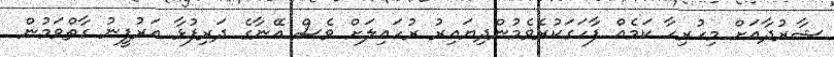
ޝާރުދާއަށް މިހުރިހާ ކަމެއް ފާހަގަކުރެވެމުންދިޔައިރު ރުހައިލަށް ވެސް އޭނާގެ ދަރިފުޅާ އަރުފީނު ގާތްވަމުން